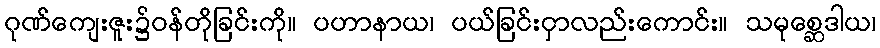
ဂုဏ်ကျေးဇူး၌ဝန်တိုခြင်းကို။ ပဟာနာယ၊ ပယ်ခြင်းငှာလည်းကောင်း။ သမုစ္ဆေဒါယ၊